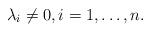
\begin{align*}\lambda_i \neq 0, i = 1, \dots, n.\end{align*}